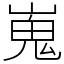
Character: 嵬